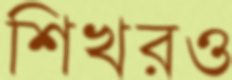
শিখরও